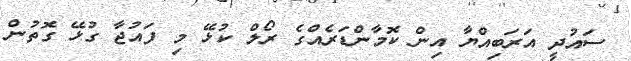
ސައުދީ އަރަބިއްޔާ އިން ކޮމާންޑަރެއްގެ ރޯލް ކުޅޭ މި ފައުޖާ ގުޅޭ ގޮތުން